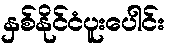
နှစ်နိုင်ငံပူးပေါင်း